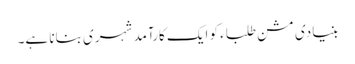
بنیادی مشن طلباء کو ایک کارآمد شہری بنانا ہے۔